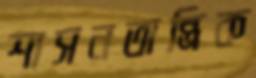
শাসনতান্ত্রিক